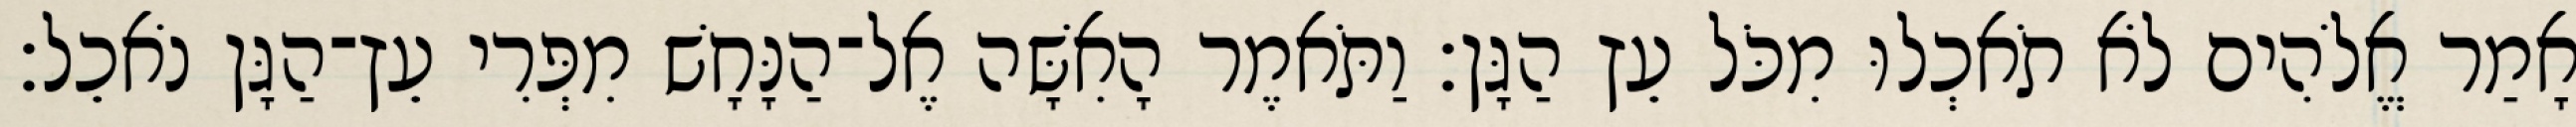
אָמַר אֱלֹהִים לֹא תֹאכְלוּ מִכֹּל עֵץ הַגָּן׃ וַתֹּאמֶר הָאִשָּׁה אֶל־הַנָּחָשׁ מִפְּרִי עֵץ־הַגָּן נֹאכֵל׃